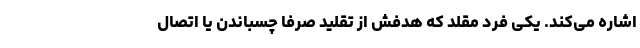
اشاره می‌کند. یکی فرد مقلد که هدفش از تقلید صرفا چسباندن یا اتصال